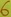
Text: 6